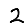
Digit: 2